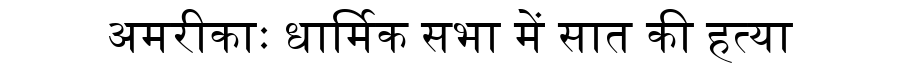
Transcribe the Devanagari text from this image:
अमरीकाः धार्मिक सभा में सात की हत्या